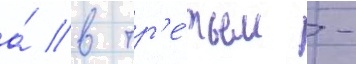
а́ в тр'е́тьем -